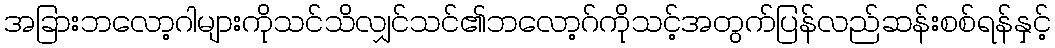
အခြားဘလော့ဂါများကိုသင်သိလျှင်သင်၏ဘလော့ဂ်ကိုသင့်အတွက်ပြန်လည်ဆန်းစစ်ရန်နှင့်